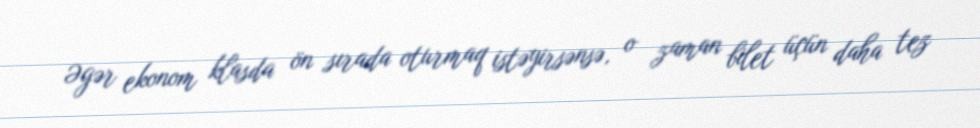
Əgər ekonom klasda ön sırada oturmaq istəyirsənsə, o zaman bilet üçün daha tez